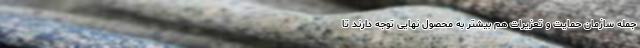
جمله سازمان حمایت و تعزیرات هم بیشتر به محصول نهایی توجه دارند تا